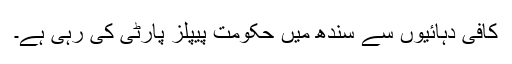
کافی دہائیوں سے سندھ میں حکومت پیپلز پارٹی کی رہی ہے۔